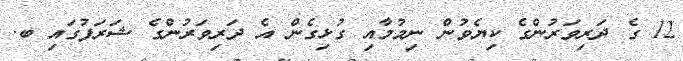
12 ގެ ދަރިވަރުންގެ ކިޔެވުން ނިމުމާއި ގުޅިގެން އެ ދަރިވަރުންގެ ޝަރަފުގައި ބ.